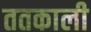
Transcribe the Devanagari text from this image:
ततकाली